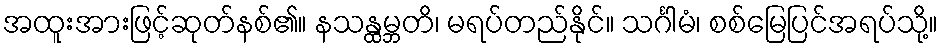
အထူးအားဖြင့်ဆုတ်နစ်၏။ နသန္ထမ္ဘတိ၊ မရပ်တည်နိုင်။ သင်္ဂါမံ၊ စစ်မြေပြင်အရပ်သို့။